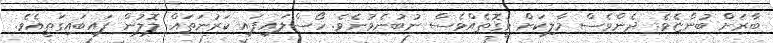
ބާރަށް ބުންޏެވެ. ދެންވެސް މާލިކަށް ވީގޮތެއްވެސް ނުބުނެވުނެވެ. ހޯސްލައިފައި ކަރުނަތައް ލޮލުން ފައިބައިގަތީއެވެ.